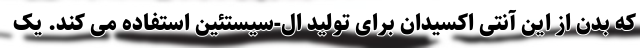
که بدن از این آنتی اکسیدان برای تولید ال-سیستئین استفاده می کند. یک